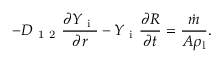
- D _ { \mathrm { ~ 1 ~ 2 ~ } } \frac { \partial Y _ { \mathrm { ~ i ~ } } } { \partial r } - Y _ { \mathrm { ~ i ~ } } \frac { \partial R } { \partial t } = \frac { \dot { m } } { A \rho _ { \mathrm { l } } } .